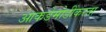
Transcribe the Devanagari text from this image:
आकडेमोडींकरता